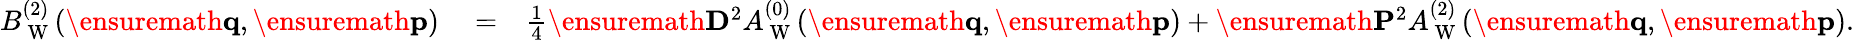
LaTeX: \begin{array}{rlr}{B_{\mathrm{~W~}}^{(2)}(\ensuremath{\mathbf{q}},\ensuremath{\mathbf{p}})}&{{}=}&{\frac{1}{4}\ensuremath{\mathbf{D}}^{2}A_{\mathrm{~W~}}^{(0)}(\ensuremath{\mathbf{q}},\ensuremath{\mathbf{p}})+\ensuremath{\mathbf{P}}^{2}A_{\mathrm{~W~}}^{(2)}(\ensuremath{\mathbf{q}},\ensuremath{\mathbf{p}}).}\end{array}